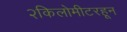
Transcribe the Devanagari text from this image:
२किलोमीटरहून